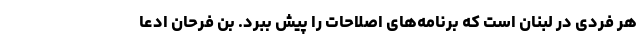
هر فردی در لبنان است که برنامه‌های اصلاحات را پیش ببرد. بن فرحان ادعا